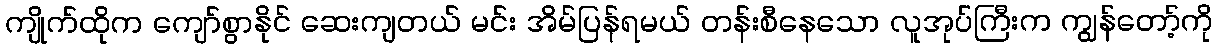
ကျိုက်ထိုက ကျော်စွာနိုင် ဆေးကျတယ် မင်း အိမ်ပြန်ရမယ် တန်းစီနေသော လူအုပ်ကြီးက ကျွန်တော့်ကို